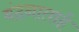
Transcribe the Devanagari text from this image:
वंदनाताई